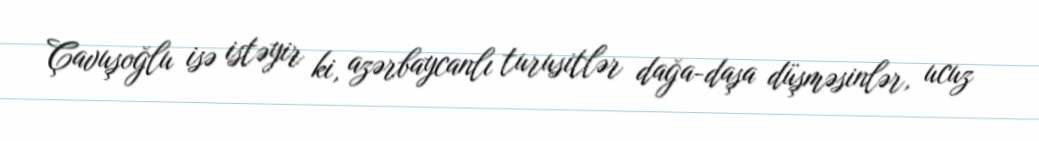
Çavuşoğlu isə istəyir ki, azərbaycanlı turusitlər dağa-daşa düşməsinlər, ucuz